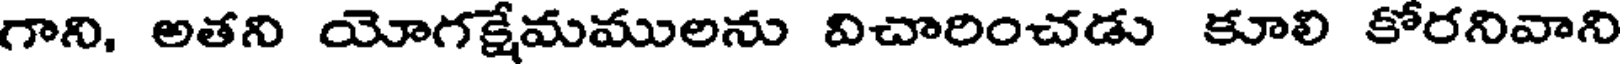
గాని, అతని యోగక్షేమములను విచారించడు కూలి కోరనివాని